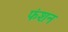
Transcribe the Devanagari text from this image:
फंशन